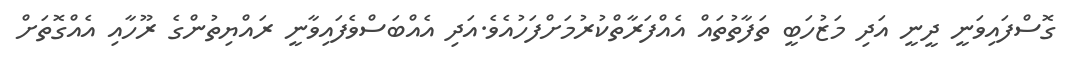
ގޮސްފައިވަނީ ދީނީ އަދި މަޒުހަބީ ތަފާތުތައް އެއްފަރާތްކުރުމަށްފަހުއެވެ.އަދި އެއްބަސްވެފައިވާނީ ރައްޔިތުންގެ ރޫހާއި އެއްގޮތަށް